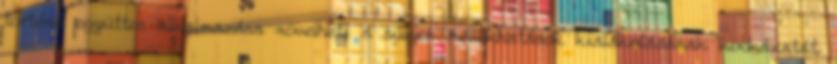
történő együttes alkalmazása növelheti a súlyos mellékhatások kialakulásának kockázatát.